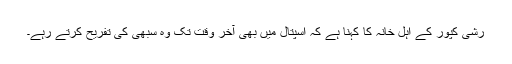
رشی کپور کے اہل خانہ کا کہنا ہے کہ اسپتال میں بھی آخر وقت تک وہ سبھی کی تفریح کرتے رہے۔